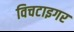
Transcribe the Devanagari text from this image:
विचटाइगर